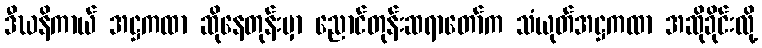
ဒီဃနိကာယ် အဋ္ဌကထာ ဆိုနေတုန်းမှာ ညောင်တုန်းဆရာတော်က သံယုတ်အဋ္ဌကထာ အဆိုခိုင်းလို့